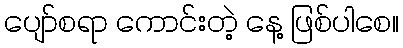
ပျော်စရာ ကောင်းတဲ့ နေ့ ဖြစ်ပါစေ။